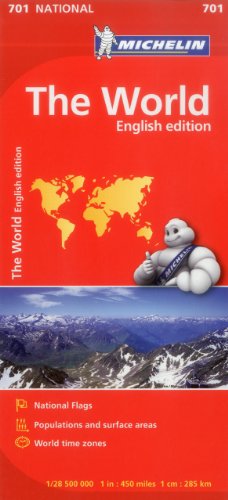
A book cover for Michelin World Map 701 (Maps/Country (Michelin)); Michelin Travel & Lifestyle; Travel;